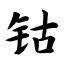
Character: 钴